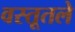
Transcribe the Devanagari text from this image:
वस्तूतले